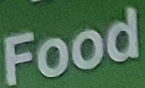
Food